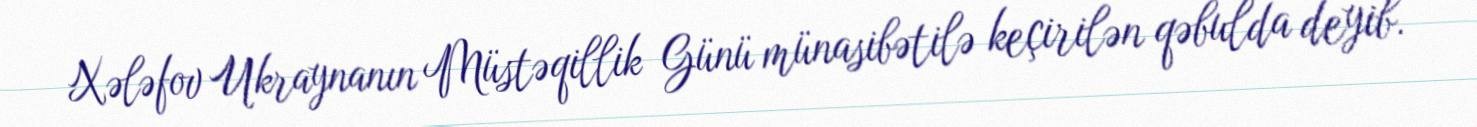
Xələfov Ukraynanın Müstəqillik Günü münasibətilə keçirilən qəbulda deyib.